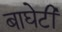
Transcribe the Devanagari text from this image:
बाघेटी